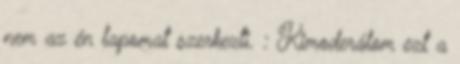
nem az én lapomat szerkezti. : Kimoderálom ezt a